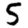
Digit: 5